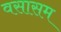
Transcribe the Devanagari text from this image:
वसासम